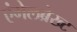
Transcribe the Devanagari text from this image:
एंगेलब्रेख्ट